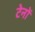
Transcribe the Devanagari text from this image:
टेनों